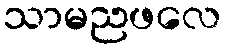
သာမညဖလေ